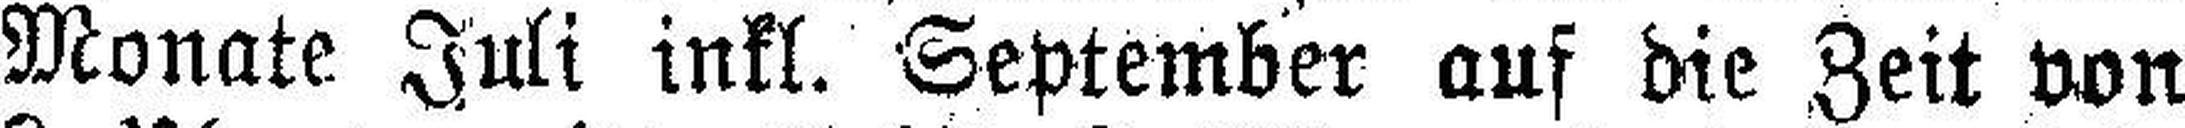
Monate Juli inkl. September auf die Zeit von